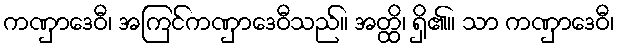
ကဏှာဒေဝီ၊ အကြင်ကဏှာဒေဝီသည်။ အတ္ထိ၊ ရှိ၏။ သာ ကဏှာဒေဝီ၊